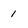
Character: 1